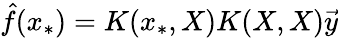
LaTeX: \hat{f}(x_{*})=K(x_{*},X)K(X,X)\vec{y}